Civil Veterinary Department Bengal reports 1923-33 - 1923-1933
Year: 1923
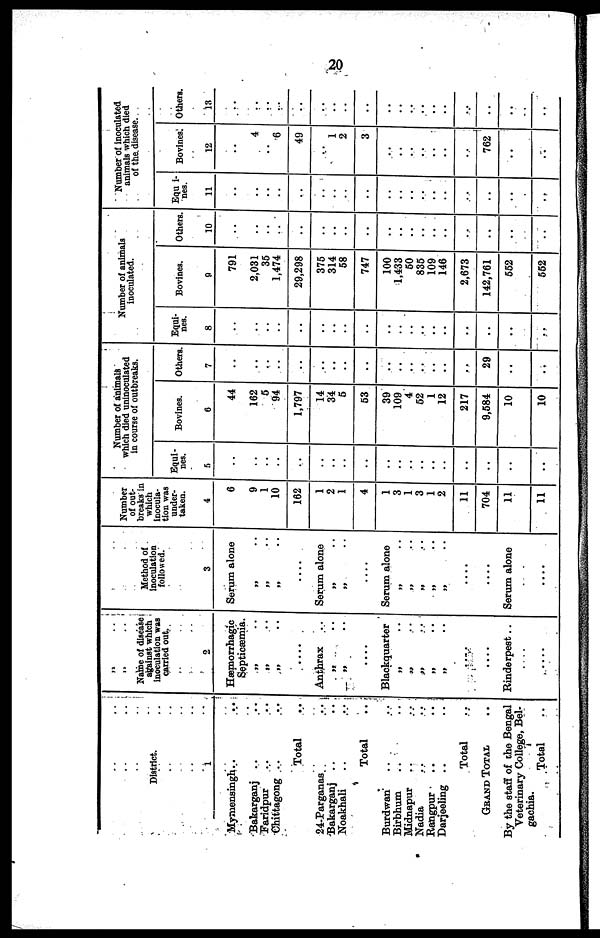
20
District.
1
Mymensingh .. ..
Bakarganj .. ..
Faridpur .. ..
Chittagong .. ..
Total ..
24-Parganas ..
Bakarganj .. ..
Noakhali .. ..
Total ..
Burdwan .. ..
Birbhum
..
..
Midnapur .. ..
Nadia .. ..
Rangpur .. ..
Darjeeling .. ..
Total ..
GRAND TOTAL ..
By the staff of the Bengal
Veterinary College, Bel-
Total ..
Name of disease
against which
Inoculation was
carried out.
2
Hæmorrhagic
Septicæmia.
„ ..
„ ..
„ ..
Anthrax ..
„ ..
„ ..
Blackquarter
„ ..
„ ..
»9
„ ..
„ ..
....
....
Rinderpest ..
....
Method of
inoculation
followed.
3
Serum alone
„ ..
„ ..
„ ..
Serum alone
„ ..
„ ..
Serum alone
„ ..
„ ..
„ ..
„ ..
„ ..
....
....
Serum alone
....
Number
of out-
breaks in
which
Inocula-
tion was
under-
taken.
4
6
9
1
10
162
1
2
1
4
1
3
1
3
1
2
11
704
11
11
Number of animals
which died uninoculated
in course of outbreaks.
Equi-
nes.
5
..
..
..
..
..
..
..
..
..
..
..
..
..
..
..
..
..
..
..
..
Bovines.
6
44
162
5
94
1,797
14
34
6
53
39
109
4
62
1
12
217
9,584
10
10
Others
7
..
..
..
..
..
..
..
..
..
..
..
..
..
..
..
..
29
..
..
Number of animals
inoculated.
Equi-
nes.
8
..
..
..
..
..
..
..
..
..
..
..
..
..
..
..
..
..
..
..
Bovines.
9
791
2,031
35
1,474
29,298
375
314
58
747
100
1,433
50
835
109
146
2,673
142,761
552
552
Others
10
..
..
..
..
..
..
..
..
..
..
..
..
..
..
..
..
..
..
..
Number of inoculated
animals which died
of the disease.
Equ i-
nes.
11
..
..
..
..
..
..
..
..
..
..
..
..
..
..
..
..
..
..
..
..
Bovines.
12
..
..
4
..
6
49
..
1
2
3
..
..
..
..
..
..
..
762
..
..
Others.
13
..
..
..
..
..
..
..
..
..
..
..
..
..
..
..
..
..
..
..
..